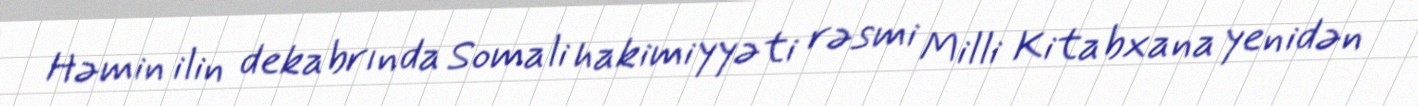
Həmin ilin dekabrında Somali hakimiyyəti rəsmi Milli Kitabxana yenidən